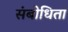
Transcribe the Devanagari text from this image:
संबोधिता